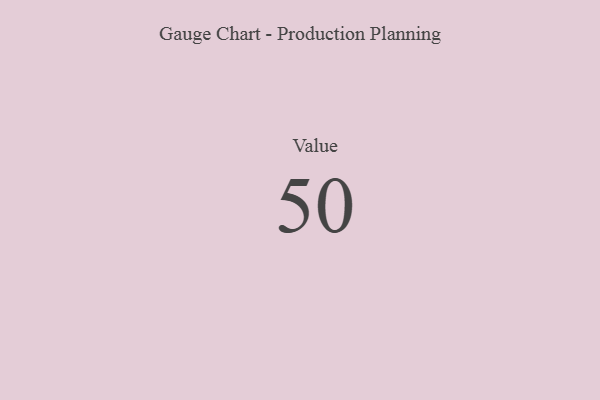
{"axis": {"x": "Metric", "y": "Value"}, "legend": [""], "data": [{"x": "Value", "y": 50, "type": ""}]}